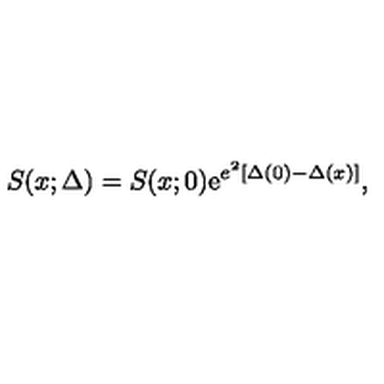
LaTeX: S ( x ; \Delta ) = S ( x ; 0 ) \mathrm { e } ^ { e ^ { 2 } [ \Delta ( 0 ) - \Delta ( x ) ] } ,